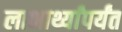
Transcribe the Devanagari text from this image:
लाभार्थ्यांपर्यंत